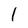
Character: l